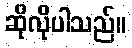
ဆိုလိုပါသည်။